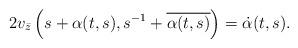
LaTeX: \begin{align*}2v_{\bar{z}} \left( s + \alpha (t, s), s^{-1}+ \overline{\alpha (t, s)} \right) =\dot{\alpha}(t, s). \end{align*}